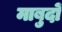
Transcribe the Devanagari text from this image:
माबुदों